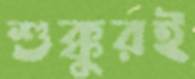
শুক্কুরই